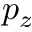
p _ { z }